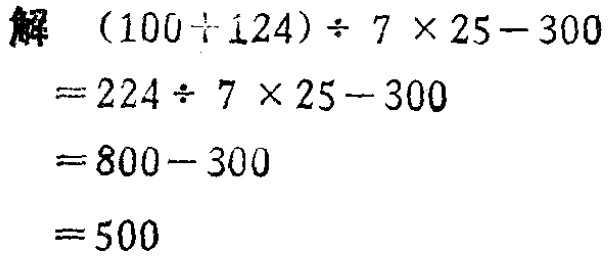
解

\begin{align*}

&(100 + 124)\div7\times25 - 300\\

=&224\div7\times25 - 300\\

=&800 - 300\\

=&500

\end{align*}